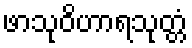
ဖာသုဝိဟာရသုတ္တံ